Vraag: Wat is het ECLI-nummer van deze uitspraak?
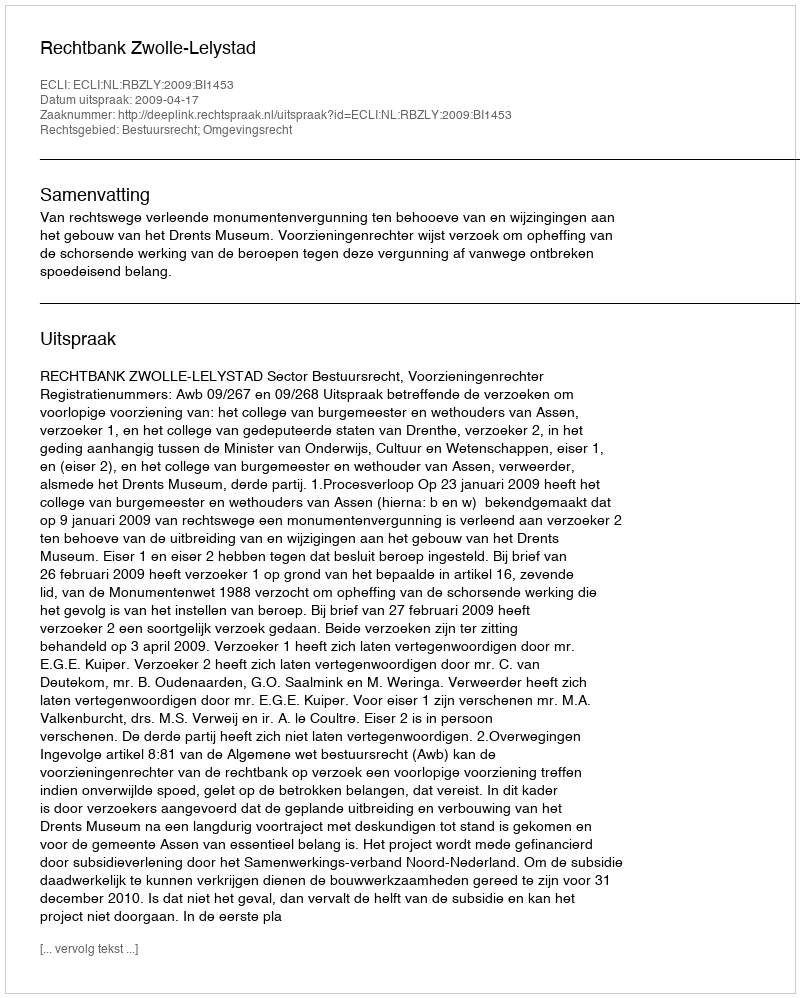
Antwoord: ECLI:NL:RBZLY:2009:BI1453